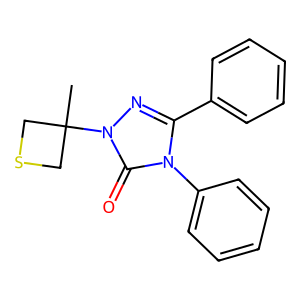
SMILES: CC1(n2nc(-c3ccccc3)n(-c3ccccc3)c2=O)CSC1
Inhibits HIV replication: No